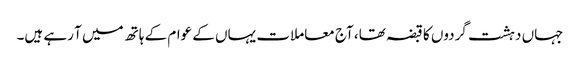
جہاں دہشت گردوں کا قبضہ تھا، آج معاملات یہاں کے عوام کے ہاتھ میں آ رہے ہیں۔